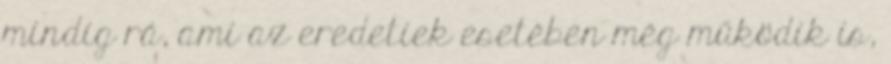
mindig rá, ami az eredetiek esetében még működik is,